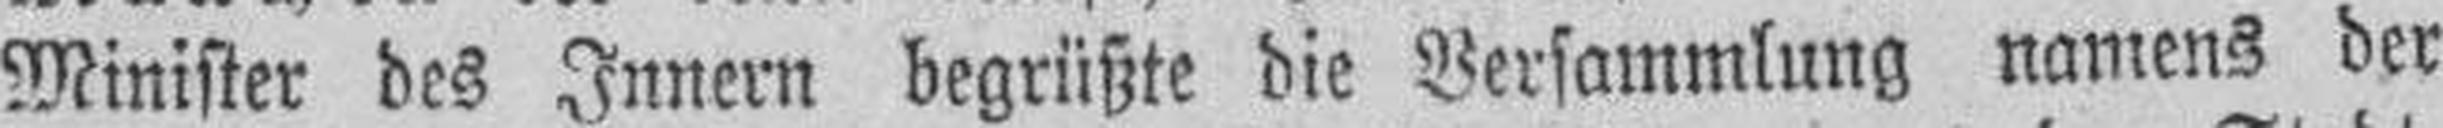
Minister des Innern begrüßte die Versammlung namens der